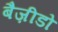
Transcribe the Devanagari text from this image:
बैज़ीडो